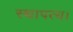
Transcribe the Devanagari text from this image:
स्थापत्य।